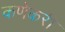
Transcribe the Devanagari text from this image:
कणेकरी